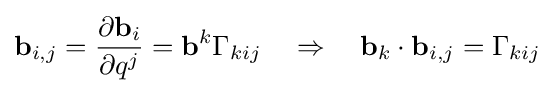
\mathbf {b} _{i,j}={\frac {\partial \mathbf {b} _{i}}{\partial q^{j}}}=\mathbf {b} ^{k}\Gamma _{kij}\quad \Rightarrow \quad \mathbf {b} _{k}\cdot \mathbf {b} _{i,j}=\Gamma _{kij}